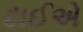
દાઈએ